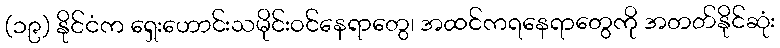
(၁၉) နိုင်ငံက ရှေးဟောင်းသမိုင်းဝင်နေရာတွေ၊ အထင်ကရနေရာတွေကို အတတ်နိုင်ဆုံး